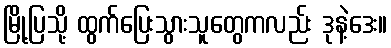
မြို့ပြသို့ ထွက်ပြေးသွားသူတွေကလည်း ဒုနဲ့ဒေး။